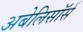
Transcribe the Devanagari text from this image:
अबेलिसॉर्स